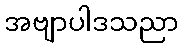
အဗျာပါဒသညာ